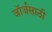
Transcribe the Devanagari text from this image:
जॉर्जसाठी